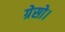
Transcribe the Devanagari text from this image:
ग्रेसो।